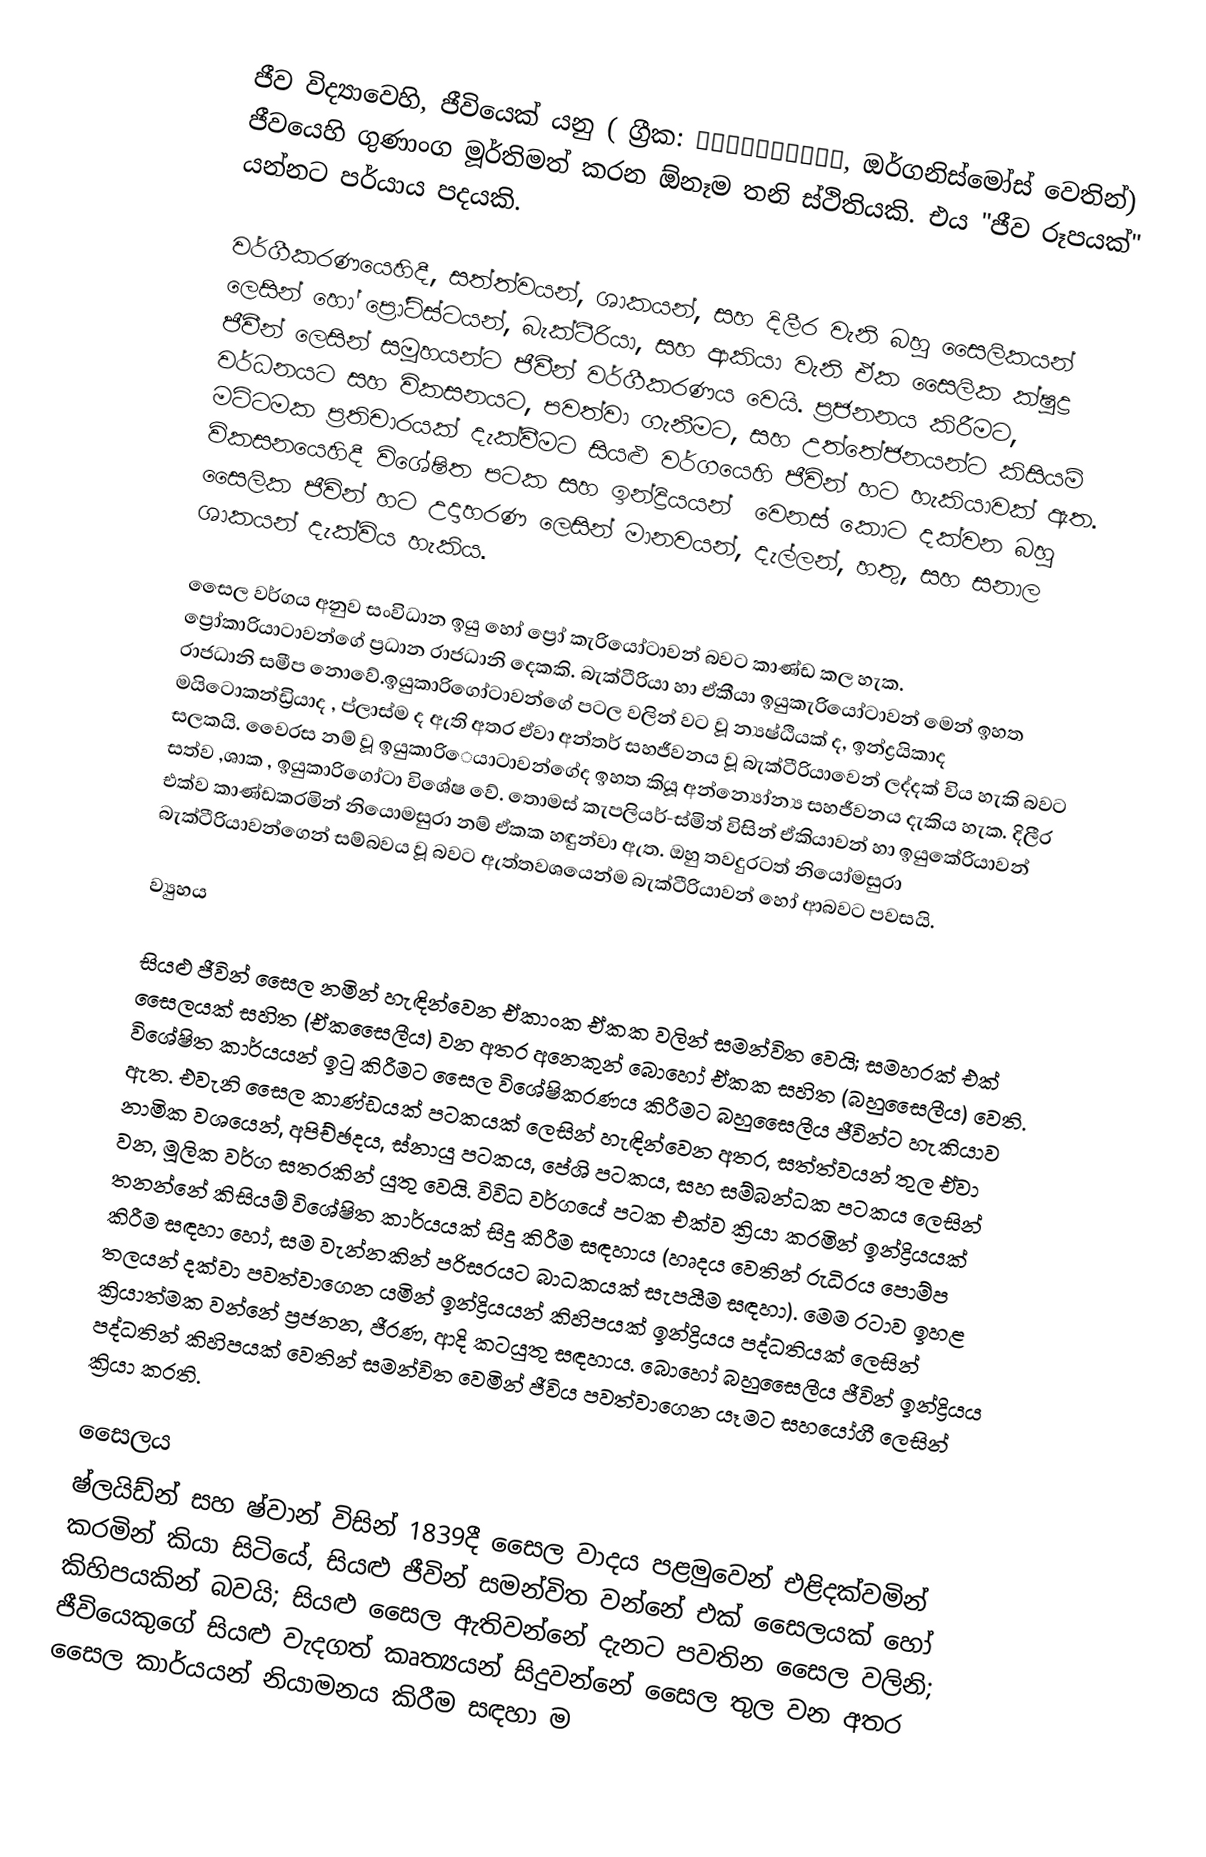
ජීව විද්‍යාවෙහි, ජීවියෙක් යනු ( ග්‍රීක: ὀργανισμός, ඔර්ගනිස්මෝස් වෙතින්) ජීවයෙහි ගුණාංග මූර්තිමත් කරන ඕනෑම තනි ස්ථිතියකි. එය "ජීව රූපයක්" යන්නට පර්යාය පදයකි.

වර්ගීකරණයෙහිදී,  සත්ත්වයන්, ශාකයන්, සහ දිලීර වැනි බහු සෛලිකයන් ලෙසින් හෝ ප්‍රෝටිස්ටයන්, බැක්ටීරියා, සහ ආකියා වැනි ඒක සෛලික ක්ෂුද්‍ර ජීවීන් ලෙසින් සමූහයන්ට ජීවීන්  වර්ගීකරණය වෙයි. ප්‍රජනනය කිරීමට, වර්ධනයට සහ විකසනයට, පවත්වා ගැනීමට, සහ උත්තේජනයන්ට කිසියම් මට්ටමක ප්‍රතිචාරයක් දැක්වීමට සියළු වර්ගයෙහි ජීවින් හට හැකියාවක් ඇත. විකසනයෙහිදී  විශේෂිත පටක සහ ඉන්ද්‍රියයන් ‌ වෙනස් කොට දක්වන බහු සෛලික ජීවින් හට උදාහරණ ලෙසින් මානවයන්, දැල්ලන්, හතු, සහ සනාල ශාකයන් දැක්විය හැකිය.

සෛල වර්ගය අනුව සංවිධාන ඉයු හෝ ප්‍රෝ කැරියෝටාවන් බවට කාණ්ඩ කල හැක. ප්‍රෝකාරියාටාවන්ගේ ප්‍රධාන රාජධානි දෙකකි. බැක්ටීරියා හා ඒකීයා ඉයුකැරියෝටාවන් මෙන් ඉහත රාජධානි සමීප නොවේ.ඉයුකාරිගෝටාවන්ගේ පටල වලින් වට වූ න්‍යෂ්ඨියක් ද, ඉන්ද්‍රයිකාද මයිටොකන්ඩ්‍රියාද , ප්ලාස්ම ද ඇති අතර ඒවා අන්තර් සහජීවනය වූ බැක්ටීරියාවෙන් ලද්දක් විය හැකි බවට සලකයි. වෛරස නම් වූ ඉයුකාරිෙයාටාවන්ගේද ඉහත කියූ අන්න්‍යෝන්‍ය සහජීවනය දැකිය හැක. දිලීර සත්ව ,ශාක , ඉයුකාරිගෝටා විශේෂ වේ. තොමස් කැපලියර්-ස්මිත් විසින් ඒකියාවන් හා ඉයුකේරියාවන් එක්ව කාණ්ඩකරමින් නියොමසුරා නම් ඒකක හඳුන්වා ඇත. ඔහු තවදුරටත් නියෝමසුරා බැක්ටීරියාවන්ගෙන් සම්බවය වූ බවට ඇත්තවශයෙන්ම බැක්ටීරියාවන් හෝ ආබවට පවසයි.

ව්‍යුහය

සියළු ජීවින් සෛල නමින් හැඳින්වෙන ඒකාංක ඒකක වලින් සමන්විත වෙයි; සමහරක් එක් සෛලයක් සහිත (ඒකසෛලීය) වන අතර අනෙකුන් බොහෝ ඒකක සහිත (බහුසෛලීය) වෙති. විශේෂිත කාර්යයන් ඉටු කිරීමට සෛල විශේෂිකරණය කිරීමට බහුසෛලීය ජීවින්ට හැකියාව ඇත. එවැනි සෛල කාණ්ඩයක් පටකයක් ලෙසින් හැඳින්වෙන අතර, සත්ත්වයන් තුල ඒවා නාමික වශයෙන්, අපිච්ඡදය, ස්නායු පටකය, පේශි පටකය, සහ සම්බන්ධක පටකය ලෙසින් වන, මූලික වර්ග සතරකින් යුතු වෙයි. විවිධ වර්ගයේ පටක එක්ව ක්‍රියා කරමින් ඉන්ද්‍රියයක් තනන්නේ කිසියම් විශේෂිත කාර්යයක් සිදු කිරීම සඳහාය (හෘදය වෙතින් රුධිරය පොම්ප කිරීම සඳහා හෝ, සම වැන්නකින් පරිසරයට බාධකයක් සැපයීම සඳහා). මෙම රටාව ඉහළ තලයන් දක්වා පවත්වාගෙන යමින් ඉන්ද්‍රියයන් කිහිපයක් ඉන්ද්‍රියය පද්ධතියක් ලෙසින් ක්‍රියාත්මක වන්නේ  ප්‍රජනන, ජීරණ, ආදි කටයුතු සඳහාය. බොහෝ බහුසෛලීය ජීවින් ඉන්ද්‍රියය පද්ධතින් කිහිපයක් වෙතින් සමන්විත වෙමින් ජීවිය පවත්වාගෙන යෑමට සහයෝගී ලෙසින් ක්‍රියා කරති.

සෛලය
ෂ්ලයිඩ්න් සහ ෂ්වාන් විසින් 1839දී සෛල වාදය පළමුවෙන් එළිදක්වමින් කරමින් කියා සිටියේ, සියළු ජීවින් සමන්විත වන්නේ එක් සෛලයක් හෝ කිහිපයකින් බවයි; සියළු සෛල ඇතිවන්නේ දැනට පවතින සෛල වලිනි; ජීවියෙකුගේ සියළු වැදගත් කෘත්‍යයන් සිදුවන්නේ සෛල තුල වන අතර සෛල කාර්යයන් නියාමනය කිරීම සඳහා ම